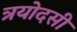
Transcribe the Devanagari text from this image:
त्रयोदसी